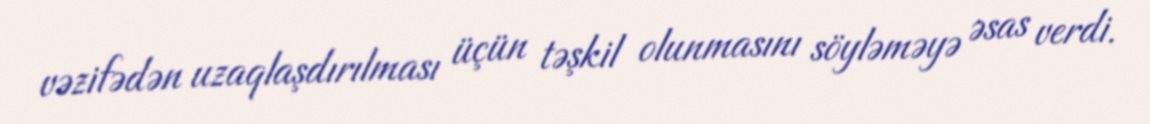
vəzifədən uzaqlaşdırılması üçün təşkil olunmasını söyləməyə əsas verdi.